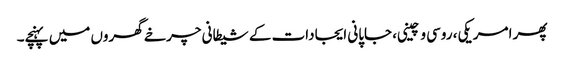
پھر امریکی، روسی و چینی، جاپانی ایجادات کے شیطانی چرخے گھروں میں پہنچے۔